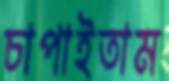
চাপাইতাম